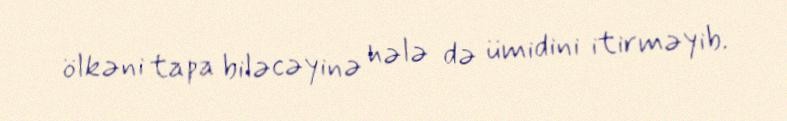
ölkəni tapa biləcəyinə hələ də ümidini itirməyib.